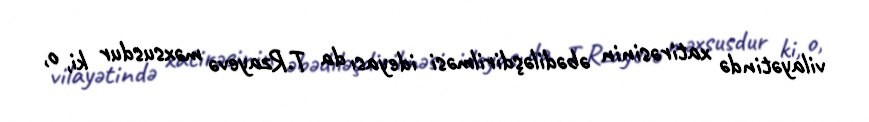
vilayətində xatirəsinin əbədiləşdirilməsi ideyası da T.Rzayevə məxsusdur ki, o,